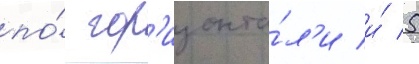
по́ гор'изонта́л'и и́ 5